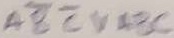
Text: ABCVABC